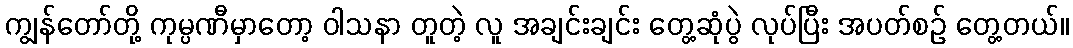
ကျွန်တော်တို့ ကုမ္ပဏီမှာတော့ ဝါသနာ တူတဲ့ လူ အချင်းချင်း တွေ့ဆုံပွဲ လုပ်ပြီး အပတ်စဉ် တွေ့တယ်။